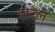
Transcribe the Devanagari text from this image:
हारेल